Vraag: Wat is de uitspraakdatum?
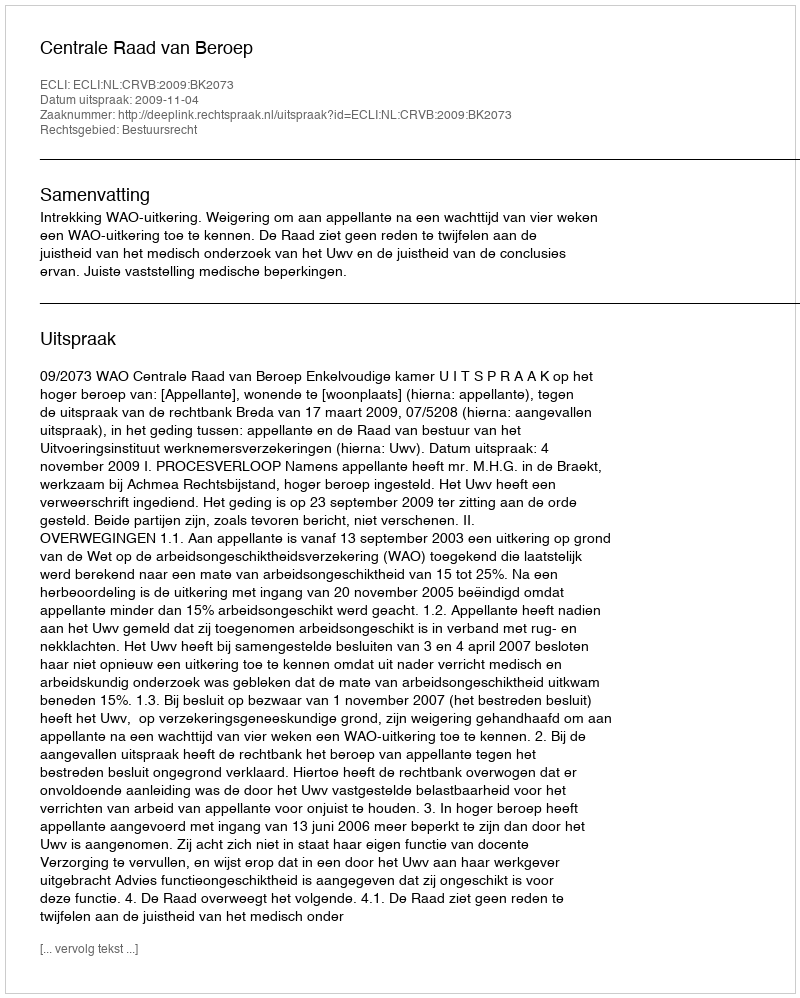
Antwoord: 2009-11-04